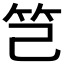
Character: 𥫟